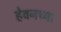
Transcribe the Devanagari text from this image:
हेवनच्या